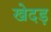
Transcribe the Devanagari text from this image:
खेदड़